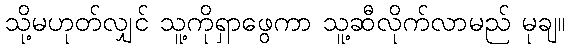
သို့မဟုတ်လျှင် သူ့ကိုရှာဖွေကာ သူ့ဆီလိုက်လာမည် မုချ။